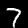
Label: 7